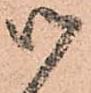
御